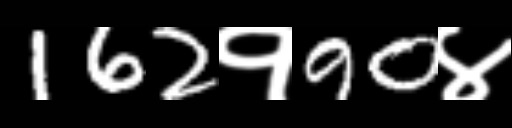
Text: 162१90४